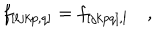
f _ { [ l j k p , q ] } = f _ { [ j k p q ] , l } \quad ,